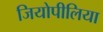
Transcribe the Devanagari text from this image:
जियोपीलिया